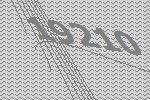
19210